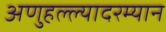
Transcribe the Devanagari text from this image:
अणुहल्ल्यादरम्यान